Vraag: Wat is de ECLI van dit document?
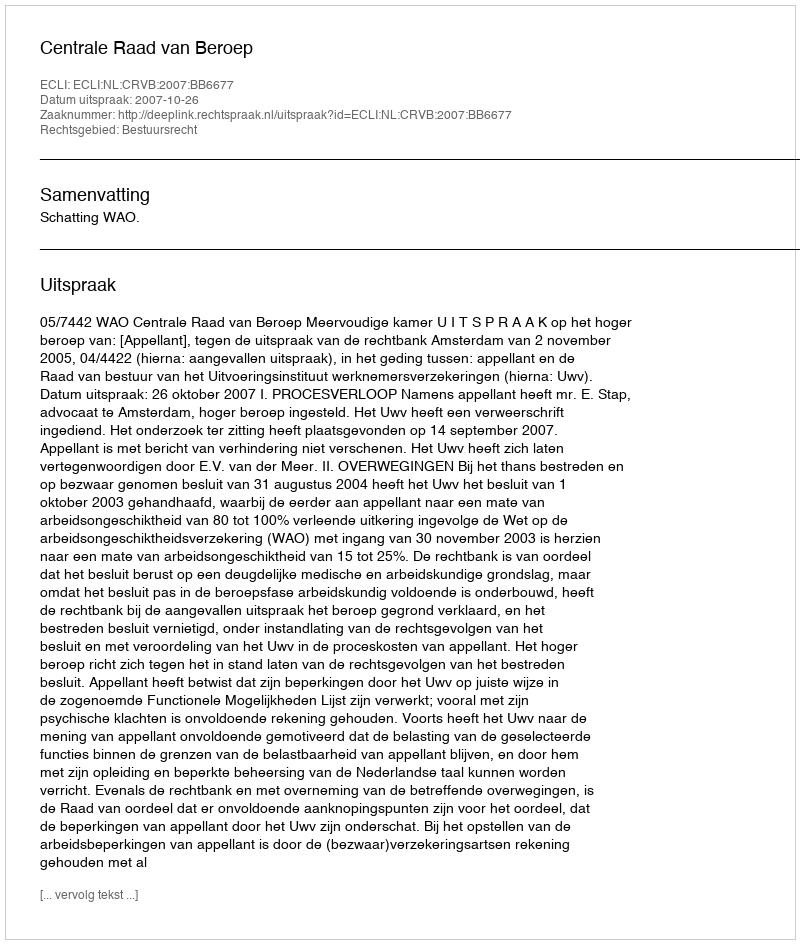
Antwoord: ECLI:NL:CRVB:2007:BB6677